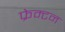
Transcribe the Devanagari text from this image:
फ्रेम्टन